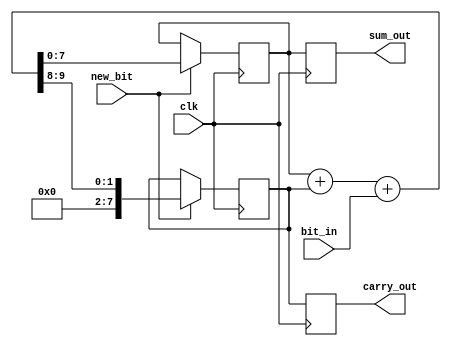
module CarrySaveAdder (
    input wire clk,              // Clock signal
    input wire new_bit,         // Control signal indicating new bit availability
    input wire bit_in,          // Serial input bit
    output reg [7:0] sum_out,    // Sum output (8 bits)
    output reg [7:0] carry_out    // Carry output (8 bits)
);

    // Internal registers to hold the current sum and carry
    reg [7:0] sum_reg;
    reg [7:0] carry_reg;

    // Initialize registers
    initial begin
        sum_reg = 8'b0;
        carry_reg = 8'b0;
        sum_out = 8'b0;
        carry_out = 8'b0;
    end

    // Combinational logic to compute sum and carry
    always @(posedge clk) begin
        if (new_bit) begin
            // Update sum and carry based on the current input bit
            {carry_reg, sum_reg} = {1'b0, sum_reg} + {1'b0, carry_reg} + {7'b0, bit_in};
        end
    end

    // Output the current sum and carry
    always @(posedge clk) begin
        sum_out <= sum_reg;
        carry_out <= carry_reg;
    end

endmodule